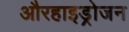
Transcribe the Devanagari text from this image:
औरहाइड्रोजन